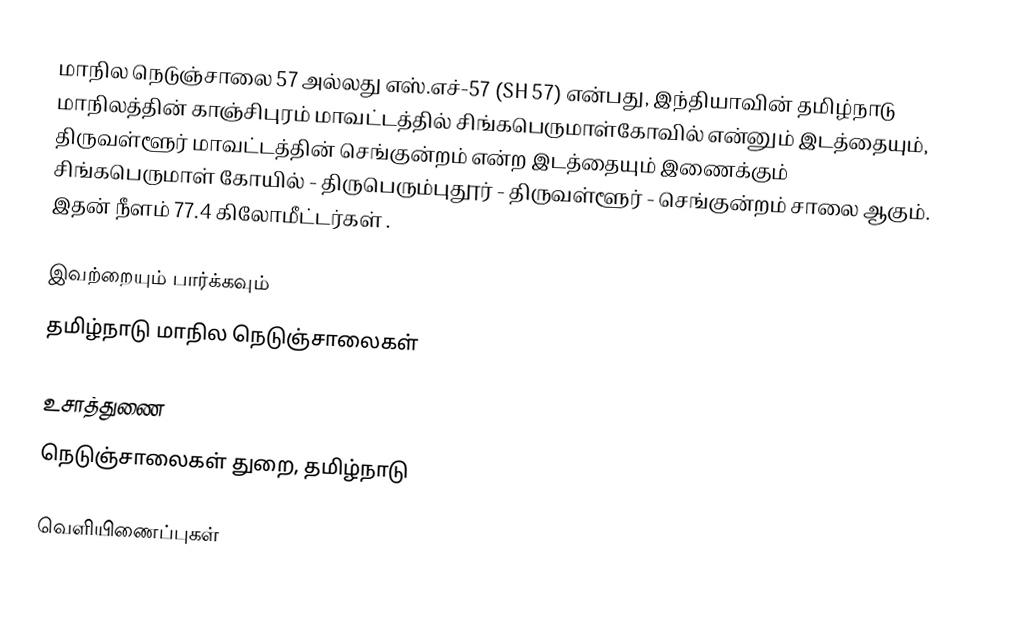
மாநில நெடுஞ்சாலை 57 அல்லது எஸ்.எச்-57 (SH 57) என்பது, இந்தியாவின் தமிழ்நாடு மாநிலத்தின் காஞ்சிபுரம் மாவட்டத்தில் சிங்கபெருமாள்கோவில் என்னும் இடத்தையும், திருவள்ளூர் மாவட்டத்தின் செங்குன்றம் என்ற இடத்தையும் இணைக்கும் சிங்கபெருமாள் கோயில் - திருபெரும்புதூர் - திருவள்ளூர் - செங்குன்றம் சாலை ஆகும். இதன் நீளம் 77.4  கிலோமீட்டர்கள் .

இவற்றையும் பார்க்கவும்
 தமிழ்நாடு மாநில நெடுஞ்சாலைகள்

உசாத்துணை
 நெடுஞ்சாலைகள் துறை, தமிழ்நாடு

வெளியிணைப்புகள்